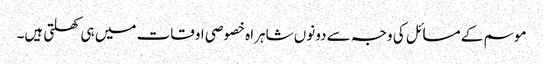
موسم کے مسائل کی وجہ سے دونوں شاہراہ خصوصی اوقات میں ہی کھلتی ہیں۔